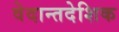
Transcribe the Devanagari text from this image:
वेदान्तदेशिक